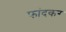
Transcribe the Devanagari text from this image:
फांदकर